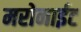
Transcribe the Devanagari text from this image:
मरोनाईट